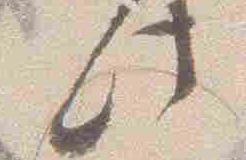
此